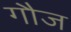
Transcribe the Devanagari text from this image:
गौज